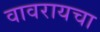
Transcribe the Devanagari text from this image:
वावरायचा